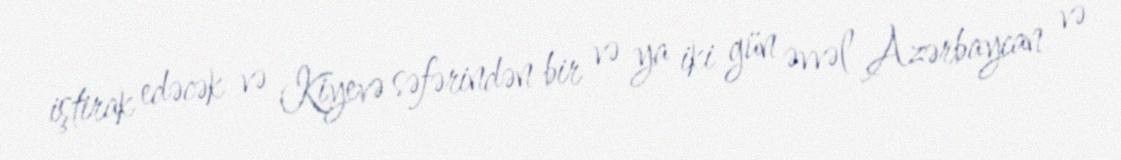
iştirak edəcək və Kiyevə səfərindən bir və ya iki gün əvvəl Azərbaycan və